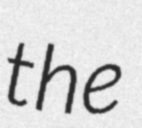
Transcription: the